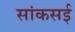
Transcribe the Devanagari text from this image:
सांकसई